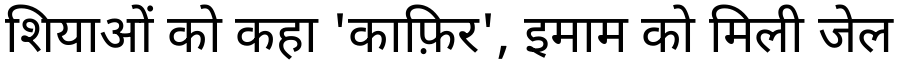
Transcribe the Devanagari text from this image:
शियाओं को कहा 'काफ़िर', इमाम को मिली जेल